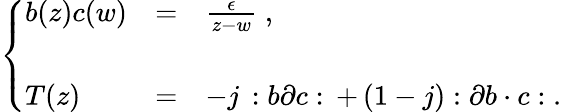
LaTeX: \left\{ \begin{array}{lcl}{{b(z)c(w)}}&{{=}}&{{\frac{\epsilon}{z-w}\; ,}}\\ {{}}&{{}}&{{}}\\ {{T(z)}}&{{=}}&{{-j\, :b\partial c:\, +\, (1-j):\partial b\cdot c:\; .}}\end{array}\right.